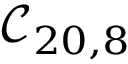
\mathcal { C } _ { 2 0 , 8 }